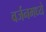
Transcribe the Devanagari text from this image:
वर्जनमध्ये